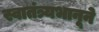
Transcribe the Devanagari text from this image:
स्वातंत्र्यभानूने